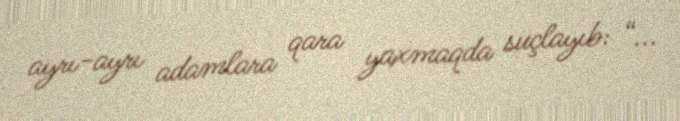
ayrı-ayrı adamlara qara yaxmaqda suçlayıb: “...